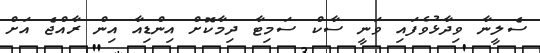
ސެލީނާ ވިދާޅުވެފައި ވަނީ ސާކް ސަމިޓާ ދިމާކޮށް އިންޑިއާ އިން ރާއްޖެ އަށް